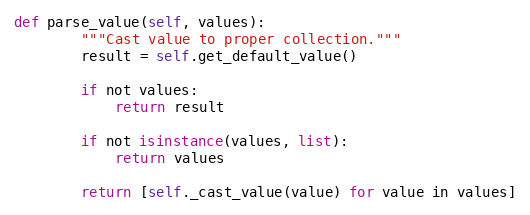
Language: Python
def parse_value(self, values):
        """Cast value to proper collection."""
        result = self.get_default_value()

        if not values:
            return result

        if not isinstance(values, list):
            return values

        return [self._cast_value(value) for value in values]